Document type: Sale
Year: 1305
Scribe: Bernat de Vilarúbia
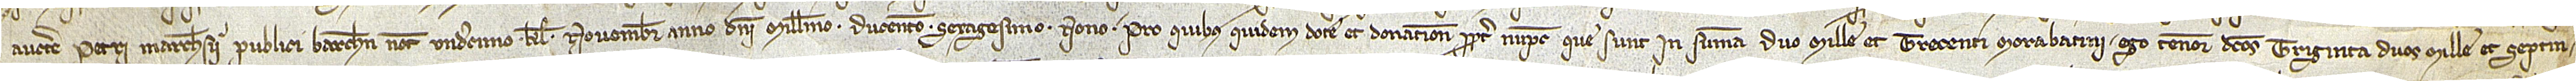
auctoritate Petri Marchesii, publici Barchinone notarii, undecimo kalendas novembris, anno Domini millesimo ducentesimo sexagesimo nono. Pro quibus quidem dote et donatione propter nupcias, que sunt in summa duo mille et trecenti  morabatini, ego teneor dictos triginta duos mille et septin-